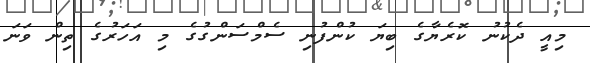
މިއީ ދެކުނު ކޮރެޔާގެ ބިޔަ ކުންފުނި ސެމްސަންގުގެ މި އަހަރުގެ ތިން ވަނަ